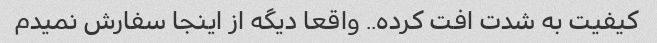
کیفیت به شدت افت کرده.. واقعا دیگه از اینجا سفارش نمیدم